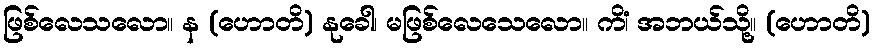
ဖြစ်လေသလော။ န (ဟောတိ) နုခေါ၊ မဖြစ်လေသေလော။ ကိံ၊ အဘယ်သို့။ (ဟောတိ)